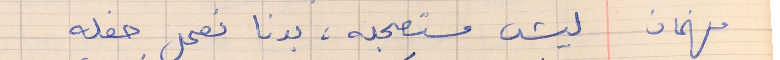
فهمان    ليش مستعجله، بدنا نعمل حفله